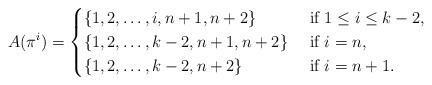
LaTeX: \begin{align*}A(\pi^i)=\begin{cases}\{1,2,\dots,i,n+1,n+2\} & \textrm{ if $1\le i \le k-2$,} \\\{1,2,\dots,k-2,n+1,n+2\} & \textrm{ if $i=n$,} \\\{1,2,\dots,k-2,n+2\} & \textrm{ if $i=n+1$.}\end{cases}\end{align*}